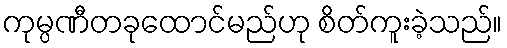
ကုမ္ပဏီတခုထောင်မည်ဟု စိတ်ကူးခဲ့သည်။